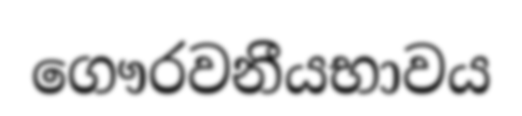
ගෞරවනීයභාවය